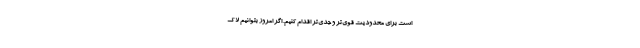
است برای محدودیت قوی‌تر و جدی‌تر اقدام کنیم. اگر امروز بتوانیم لاک